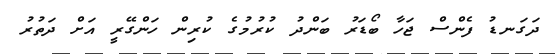
ދަގަނޑު ފެންސް ޖަހާ ބޯޑަރު ބަންދު ކުރުމުގެ ކުރިން ހަންގޭރީ އަށް ދަތުރު